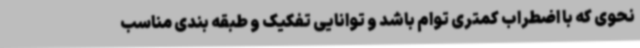
نحوی که با اضطراب کمتری توام باشد و توانایی تفکیک و طبقه بندی مناسب